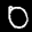
Label: 0